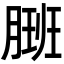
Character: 𬂇